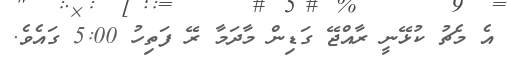
އެ މެޗު ކުޅޭނީ ރާއްޖޭ ގަޑިން މާދަމާ ރޭ ފަތިހު 5:00 ގައެވެ.